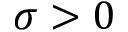
\sigma > 0